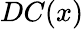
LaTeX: DC(x)